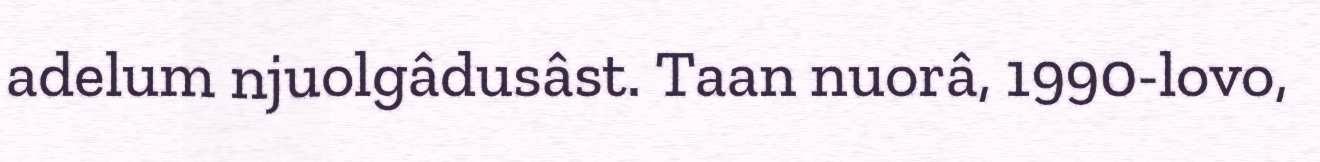
adelum njuolgâdusâst. Taan nuorâ, 1990-lovo,